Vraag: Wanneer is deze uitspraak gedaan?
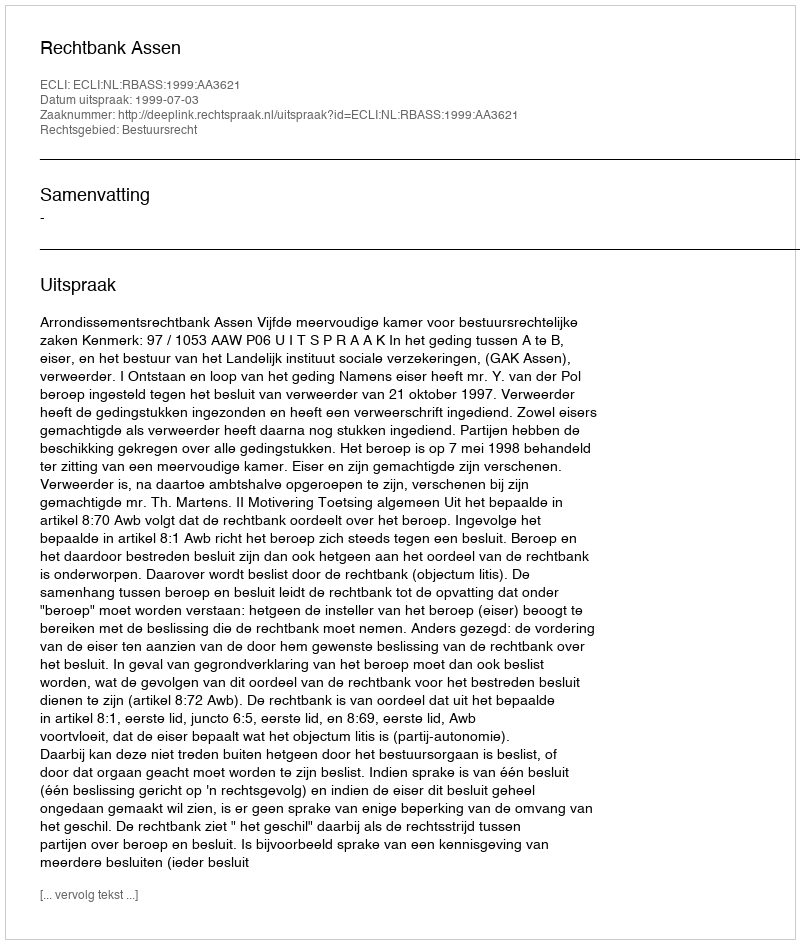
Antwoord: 1999-07-03